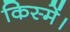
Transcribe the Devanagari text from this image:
किस्में।